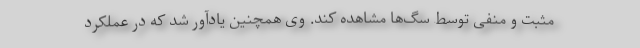
مثبت و منفی توسط سگ‌ها مشاهده کند. وی همچنین یادآور شد که در عملکرد